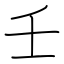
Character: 壬